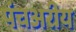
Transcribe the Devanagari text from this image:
पंचअरीय